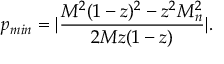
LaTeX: p _ { m i n } = | \frac { M ^ { 2 } ( 1 - z ) ^ { 2 } - z ^ { 2 } M _ { n } ^ { 2 } } { 2 M z ( 1 - z ) } | .